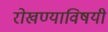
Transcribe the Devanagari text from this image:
रोखण्याविषयी